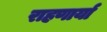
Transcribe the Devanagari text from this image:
राहणार्या